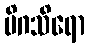
မိဂသိရော